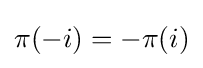
\pi (-i)=-\pi (i)